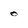
Character: o